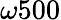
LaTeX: \omega 500